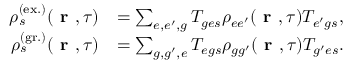
\begin{array} { r l } { \rho _ { s } ^ { ( \mathrm { e x . } ) } ( \textbf { r } , \tau ) } & { = \sum _ { e , e ^ { \prime } , g } T _ { { g e } s } \rho _ { { e e ^ { \prime } } } ( \textbf { r } , \tau ) T _ { { e ^ { \prime } g } s } , } \\ { \rho _ { s } ^ { ( \mathrm { g r . } ) } ( \textbf { r } , \tau ) } & { = \sum _ { g , g ^ { \prime } , e } T _ { { e g } s } \rho _ { { g g ^ { \prime } } } ( \textbf { r } , \tau ) T _ { { g ^ { \prime } e } s } . } \end{array}